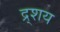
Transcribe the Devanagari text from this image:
द्र्शय